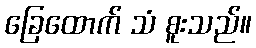
ခြေထောက် သံ စူးသည်။